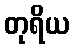
တုရိယ